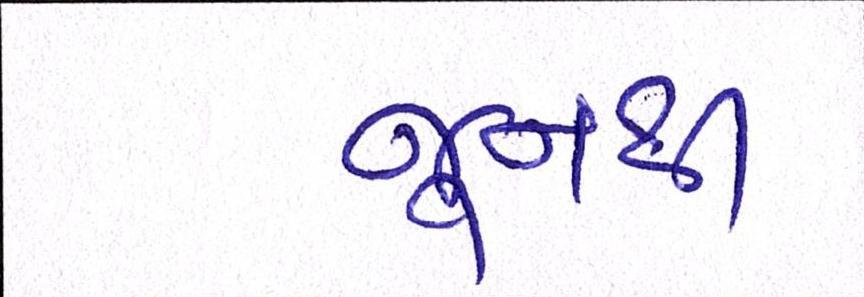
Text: જુનથી